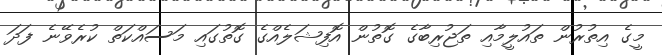
މީގެ އިތުރުން ތައުލީމާއި ތަޖުރިބާގެ ގޮތުން އޮފިޝަލެއްގެ ގޮތުގައި މަސައްކަތް ކުރެވޭނެ ފަދަ